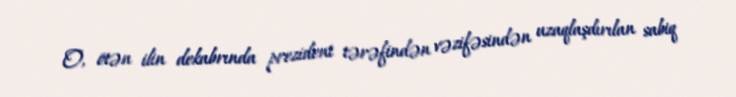
O, ötən ilin dekabrında prezident tərəfindən vəzifəsindən uzaqlaşdırılan sabiq